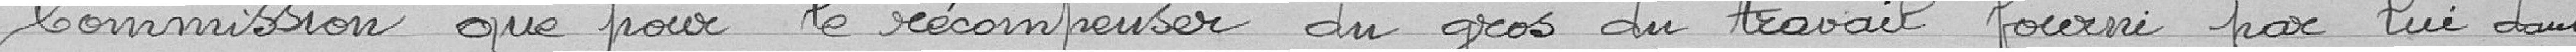
commission que pour le récompenser du gros du travail fourni par lui dans